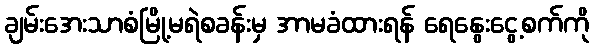
ချမ်းအေးသာစံမြို့မရဲစခန်းမှ အာမခံထားရန် ရေနွေးငွေ့စက်ကို